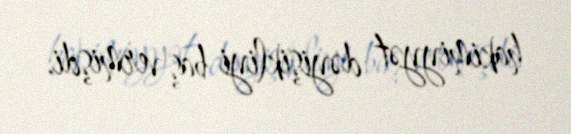
hakimiyyət dəyişikliyi baş vermişdi.